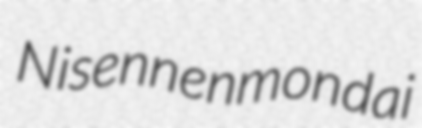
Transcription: Nisennenmondai